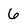
Character: 6